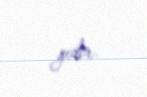
gedir.